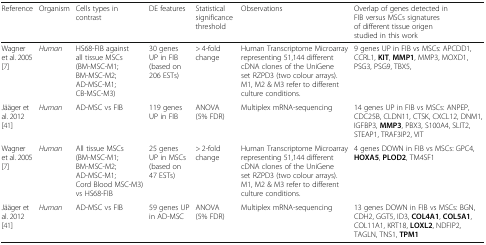
<table><thead><tr><td><b>Reference</b></td><td><b>Organism</b></td><td><b>Cells types in contrast</b></td><td><b>DE features</b></td><td><b>Statistical significance threshold</b></td><td><b>Observations</b></td><td><b>Overlap of genes detected in FIB versus MSCs signatures of different tissue origen studied in this work</b></td></tr></thead><tbody><tr><td>Wagner et al. 2005 [7]</td><td><i>Human</i></td><td>HS68-FIB against all tissue MSCs (BM-MSC-M1; BM-MSC-M2; AD-MSC-M1; CB-MSC-M3)</td><td>30 genes UP in FIB (based on 206 ESTs)</td><td>&gt; 4-fold change</td><td>Human Transcriptome Microarray representing 51,144 different cDNA clones of the UniGene set RZPD3 (two colour arrays). M1, M2 &amp; M3 refer to different culture conditions.</td><td>9 genes UP in FIB vs MSCs: APCDD1, CCRL1, <b>KIT</b>, <b>MMP1</b>, MMP3, MOXD1, PSG3, PSG9, TBX5,</td></tr><tr><td>Jääger et al. 2012 [41]</td><td><i>Human</i></td><td>AD-MSC vs FIB</td><td>119 genes UP in FIB</td><td>ANOVA (5% FDR)</td><td>Multiplex mRNA-sequencing</td><td>14 genes UP in FIB vs MSCs: ANPEP, CDC25B, CLDN11, CTSK, CXCL12, DNM1, IGFBP3, <b>MMP3</b>, PBX3, S100A4, SLIT2, STEAP1, TRAF3IP2, VIT</td></tr><tr><td>Wagner et al. 2005 [7]</td><td><i>Human</i></td><td>All tissue MSCs (BM-MSC-M1; BM-MSC-M2; AD-MSC-M1; Cord Blood MSC-M3) vs HS68-FIB</td><td>25 genes UP in MSCs (based on 47 ESTs)</td><td>&gt; 2-fold change</td><td>Human Transcriptome Microarray representing 51,144 different cDNA clones of the UniGene set RZPD3 (two colour arrays). M1, M2 &amp; M3 refer to different culture conditions.</td><td>4 genes DOWN in FIB vs MSCs: GPC4, <b>HOXA5</b>, <b>PLOD2</b>, TM4SF1</td></tr><tr><td>Jääger et al. 2012 [41]</td><td><i>Human</i></td><td>AD-MSC vs FIB</td><td>59 genes UP in AD-MSC</td><td>ANOVA (5% FDR)</td><td>Multiplex mRNA-sequencing</td><td>13 genes DOWN in FIB vs MSCs: BGN, CDH2, GGT5, ID3, <b>COL4A1</b>, <b>COL5A1</b>, COL11A1, KRT18, <b>LOXL2</b>, NDFIP2, TAGLN, TNS1, <b>TPM1</b></td></tr></tbody></table>